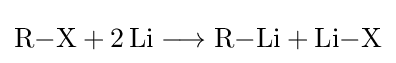
{\mathrm {R} {-}\mathrm {X} {}+{}2\,\mathrm {Li} {}\mathrel {\longrightarrow } {}\mathrm {R} {-}\mathrm {Li} {}+{}\mathrm {Li} {-}\mathrm {X} }